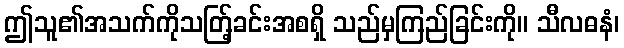
ဤသူ၏အသက်ကိုသတ်ြ့ခင်းအစရှိ သည်မှကြည်ခြင်းကို။ သီလဓနံ၊